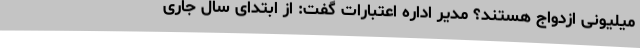
میلیونی ازدواج هستند؟ مدیر اداره اعتبارات گفت: از ابتدای سال جاری